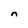
Character: n